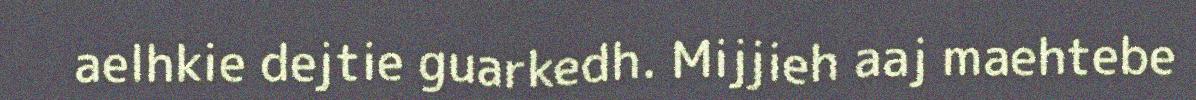
aelhkie dejtie guarkedh. Mijjieh aaj maehtebe